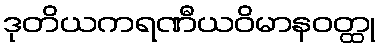
ဒုတိယကရဏီယဝိမာနဝတ္ထု